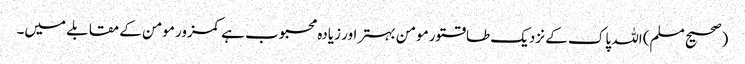
(صحیح مسلم) اللہ پاک کے نزدیک طاقتور مومن بہتر اور زیادہ محبوب ہے کمزور مومن کے مقابلے میں۔